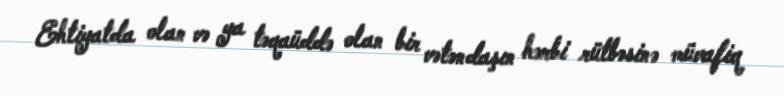
Ehtiyatda olan və ya təqaüddə olan bir vətəndaşın hərbi rütbəsinə müvafiq